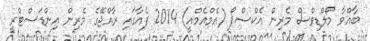
ބާއްވާ މޯލްޑިވްސް މެރިން އެކްސްޕޯ (އެމްއެމްއީ) 2014 ފެއާގައި ރާއްޖޭގެ މެރިން އިންޑަސްޓްރީ